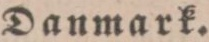
Danmark.